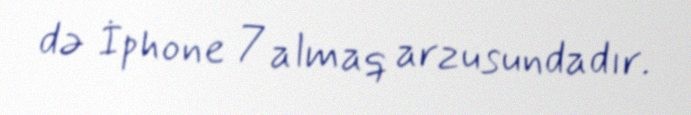
də İphone 7 almaq arzusundadır.